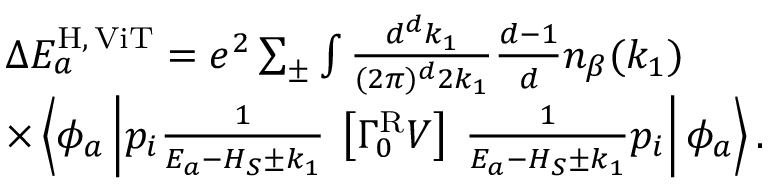
\begin{array} { r l } & { \Delta E _ { a } ^ { \mathrm { H } , \, \mathrm { V i T } } = e ^ { 2 } \sum _ { \pm } \int \frac { d ^ { d } k _ { 1 } } { ( 2 \pi ) ^ { d } 2 k _ { 1 } } \frac { d - 1 } { d } n _ { \beta } ( k _ { 1 } ) } \\ & { \times \left\langle \phi _ { a } \left| p _ { i } \frac { 1 } { E _ { a } - H _ { S } \pm k _ { 1 } } \right. \right. \left[ \Gamma _ { 0 } ^ { \mathrm { R } } V \right] \left. \left. \frac { 1 } { E _ { a } - H _ { S } \pm k _ { 1 } } p _ { i } \right| \phi _ { a } \right\rangle . } \end{array}